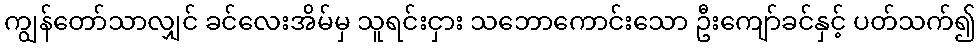
ကျွန်တော်သာလျှင် ခင်လေးအိမ်မှ သူရင်းငှား သဘောကောင်းသော ဦးကျော်ခင်နှင့် ပတ်သက်၍